Madras plague regulations and rules - Volume 2
Disease focus: Plague
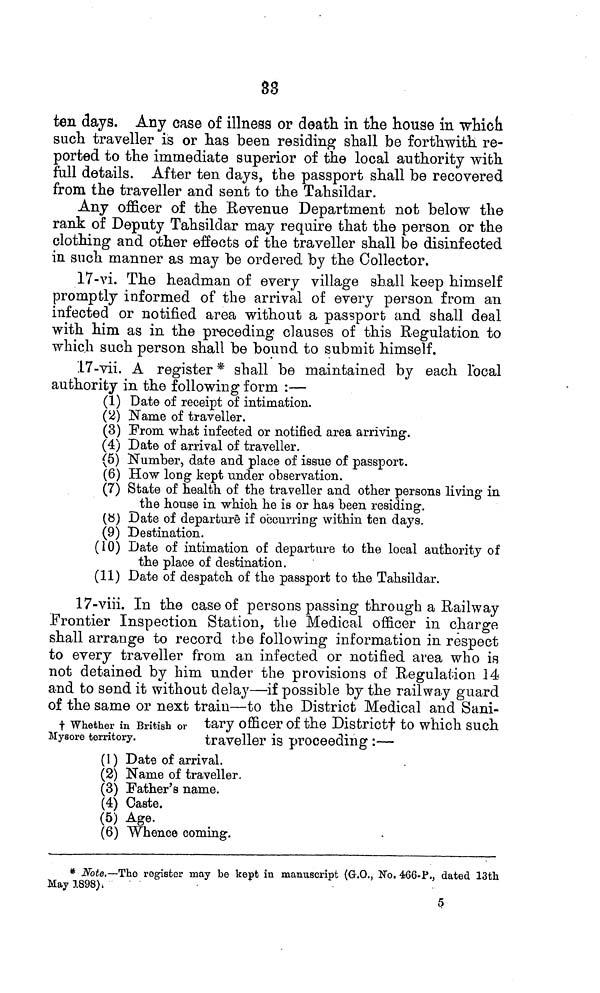
33
ten days. Any case of illness or death in the house in which
such traveller is or has been residing shall be forthwith re-
ported to the immediate superior of the local authority with
full details. After ten days, the passport shall be recovered
from the traveller and sent to the Tahsildar.
Any officer of the Revenue Department not below the
rank of Deputy Tahsildar may require that the person or the
clothing and other effects of the traveller shall be disinfected
in such manner as may be ordered by the Collector.
17-vi. The headman of every village shall keep himself
promptly informed of the arrival of every person from an
infected or notified area without a passport and shall deal
with him as in the preceding clauses of this Regulation to
which such person shall be bound to submit himself.
17-vii. A register * shall be maintained by each local
authority in the following form :—
(1) Date of receipt of intimation.
(2) Name of traveller.
(3) From what infected or notified area arriving.
(4) Date of arrival of traveller.
(5) Number, date and place of issue of passport.
(6) How long kept under observation.
(7) State of health of the traveller and other persons living in
the house in which he is or has been residing.
(8) Date of departure if occurring within ten days.
(9) Destination.
(10) Date of intimation of departure to the local authority of
the place of destination.
(11) Date of despatch of the passport to the Tahsildar.
17-viii. In the case of persons passing through a Railway
Frontier Inspection Station, the Medical officer in charge
shall arrange to record the following information in respect
to every traveller from an infected or notified area who is
not detained by him under the provisions of Regulation 14
and to send it without delay—if possible by the railway guard
of the same or next train—to the District Medical and Sani-
† whether in British or tary officer of the Districtf to which such
Mysore territory.
traveller is proceeding:—
(1) Date of arrival.
(2) Name of traveller.
(3) Father's name.
(4) Caste.
(5) Age.
(6) Whence coming.
* Note.—The register may be kept in manuscript (GLO., No. 466-P., dated 13th
May 1898).
5